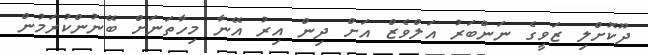
ދޫކޮށްލި ޒަވީގެ ނަންބަރު އަލްވެޒް އަށް ދިން އިރު އޭނާ މިހާތަނަށް ބޭނުންކުރަމުން